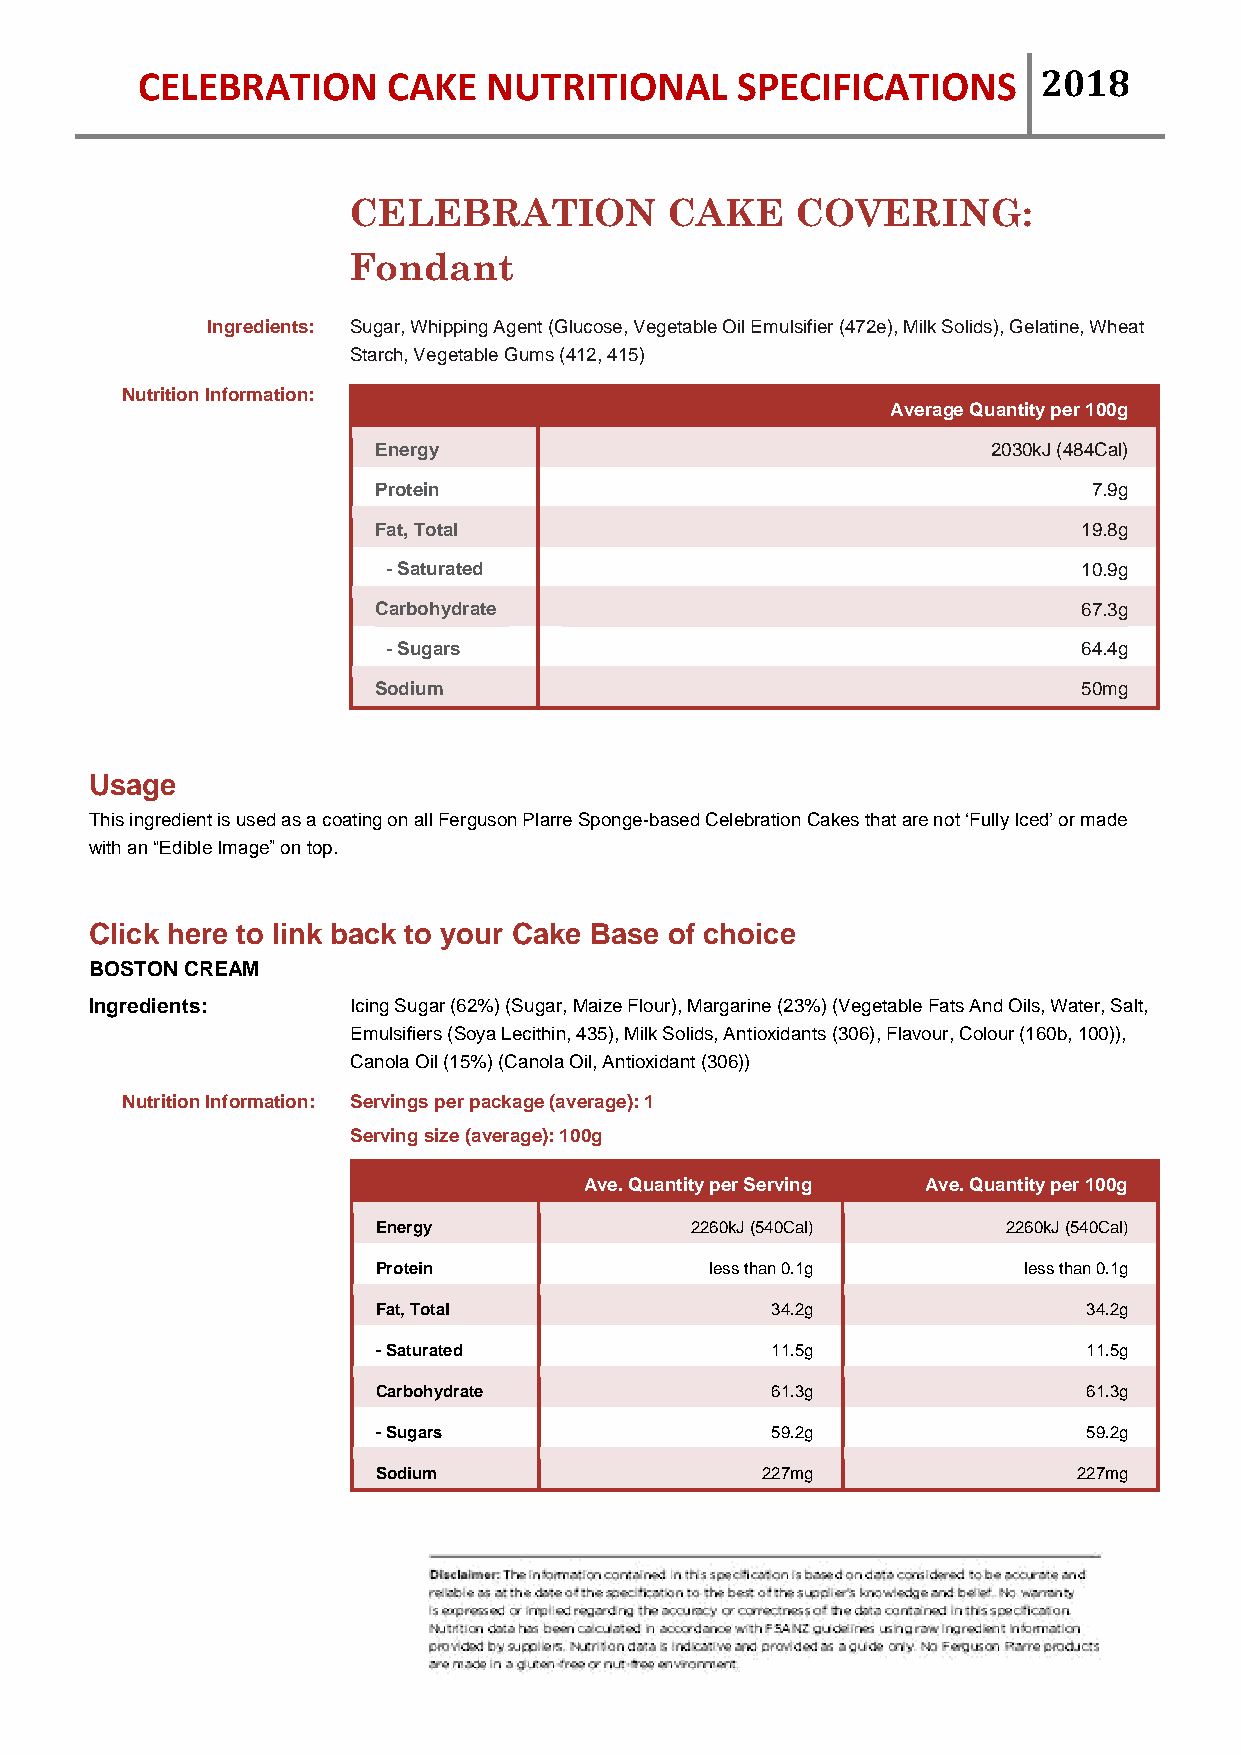
CELEBRATION      CAKE  NUTRITIONAL      SPECIFICATIONS      2018
 CELEBRATION          CAKE     COVERING:
 Fondant
 Ingredients: Sugar, Whipping Agent (Glucose, Vegetable Oil Emulsifier (472e), Milk Solids), Gelatine, Wheat
 Starch, Vegetable Gums (412, 415)
 Nutrition Information:
 Average Quantity per 100g
 Energy                                   2030kJ (484Cal)
 Protein                                        7.9g
 Fat, Total                                     19.8g
 - Saturated                                   10.9g
 Carbohydrate                                   67.3g
 - Sugars                                      64.4g
 Sodium                                         50mg
 Usage
 This ingredient is used as a coating on all Ferguson Plarre Sponge-based Celebration Cakes that are not ‘Fully Iced’ or made
 with an “Edible Image” on top.
 Click here to link back to your Cake Base of choice
 BOSTON CREAM
 Ingredients:     Icing Sugar (62%) (Sugar, Maize Flour), Margarine (23%) (Vegetable Fats And Oils, Water, Salt,
 Emulsifiers (Soya Lecithin, 435), Milk Solids, Antioxidants (306), Flavour, Colour (160b, 100)),
 Canola Oil (15%) (Canola Oil, Antioxidant (306))
 Nutrition Information: Servings per package (average): 1
 Serving size (average): 100g
 Ave. Quantity per Serving Ave. Quantity per 100g
 Energy               2260kJ (540Cal)      2260kJ (540Cal)
 Protein               less than 0.1g       less than 0.1g
 Fat, Total                34.2g                34.2g
 - Saturated               11.5g                11.5g
 Carbohydrate              61.3g                61.3g
 - Sugars                  59.2g                59.2g
 Sodium                   227mg                227mg